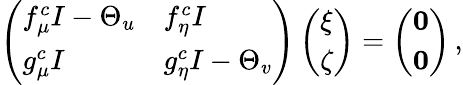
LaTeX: \left(\begin{array}{ll}{f_{\mu}^{c}I-\Theta_{u}}&{f_{\eta}^{c}I}\\ {g_{\mu}^{c}I}&{g_{\eta}^{c}I-\Theta_{v}}\end{array}\right)\left(\begin{array}{l}{{\mathbf\xi}}\\ {{\mathbf\zeta}}\end{array}\right)=\left(\begin{array}{l}{{\mathbf 0}}\\ {{\mathbf 0}}\end{array}\right)\, ,